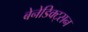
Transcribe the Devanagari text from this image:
बेनेडिक्ट्सन